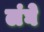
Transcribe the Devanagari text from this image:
लंघे